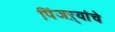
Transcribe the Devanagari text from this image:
पिंजऱ्यांचे